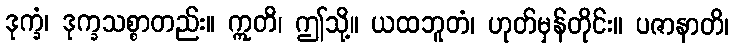
ဒုက္ခံ၊ ဒုက္ခသစ္စာတည်း။ ဣတိ၊ ဤသို့။ ယထဘူတံ၊ ဟုတ်မှန်တိုင်း။ ပဇာနာတိ၊